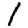
Digit: 1